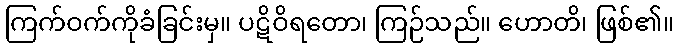
ကြက်ဝက်ကိုခံခြင်းမှ။ ပဋိဝိရတော၊ ကြဉ်သည်။ ဟောတိ၊ ဖြစ်၏။